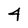
Character: 4